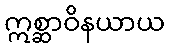
ဣစ္ဆာဝိနယာယ